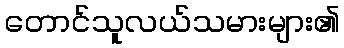
တောင်သူလယ်သမားများ၏